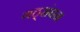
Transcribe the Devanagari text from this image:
गठ्संघन